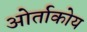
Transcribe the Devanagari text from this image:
ओर्ताकोय